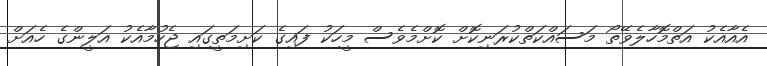
އެއާއެކު އަތްމޮހާލެވޭތޯ މަސައްކަތްކުރަނިކޮށް ކޮށްމެވެސް މީހަކު ފައިގެ ކަށިމަތީގައި ޖެހުމާއެކު އަލީންގެ ހެއަށް